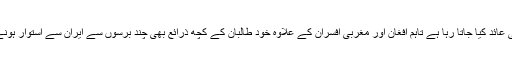
اس پر دہرا کھیل کھیلنے کا الزام بھی عائد کیا جاتا رہا ہے تاہم افغان اور مغربی افسران کے علاوہ خود طالبان کے کچھ ذرائع بھی چند برسوں سے ایران سے استوار ہونے والے خفیہ تعلقات کا پتا دیتے ہیں۔